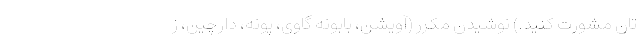
تان مشورت کنید.) نوشیدن مکرر (آویشن، بابونه گاوی، پونه، دارچین، ز